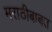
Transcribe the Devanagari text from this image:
मराठीबाबत